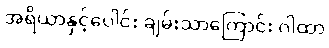
အရိယာနှင့်ပေါင်း ချမ်းသာကြောင်း ဂါထာ